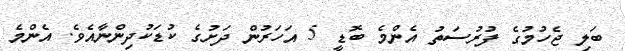
ބަލި ޖެހުމުގެ ފުރުސަތު އެންމެ ބޮޑީ 5 އަހަރުން ދަށުގެ ކުޑަކުދިންނާއެވެ. އެންމެ